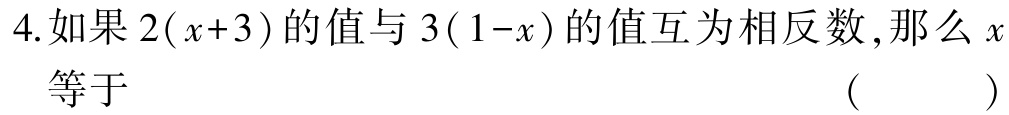
4.如果\(2(x + 3)\)的值与\(3(1 - x)\)的值互为相反数,那么\(x\)等于 （  ）